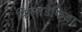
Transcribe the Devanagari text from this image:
फिलाडेफिया